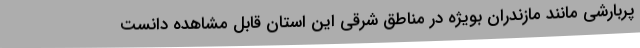
پربارشی مانند مازندران بویژه در مناطق شرقی این استان قابل مشاهده دانست